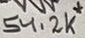
Text: 54.2K*